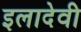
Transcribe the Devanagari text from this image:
इलादेवी